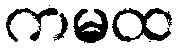
ကမထ